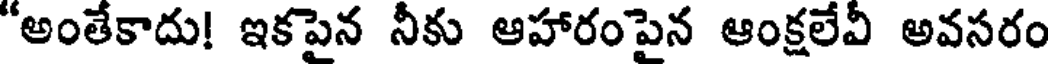
"అంతేకాదు! ఇకపైన నీకు ఆహారంపైన ఆంక్షలేవీ అవసరం